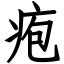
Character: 疱